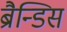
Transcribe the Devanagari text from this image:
ब्रैन्डिस